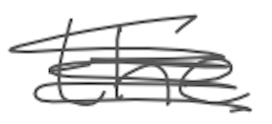
Text: the
Cross-out: scratch
Writing tool: digital_gray